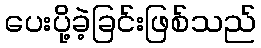
ပေးပို့ခဲ့ခြင်းဖြစ်သည်